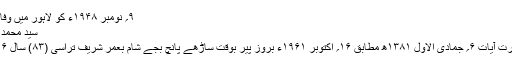
۹؍ نومبر ۱۹۴۸ء کو لاہور میں وفات پائی (قصور)]
سیّد محمد حسین علی پوری
آپ کی وفات حسرت آیات ۶؍ جمادی الاوّل ۱۳۸۱ھ مطابق ۱۶؍ اکتوبر ۱۹۶۱ء بروز پیر بوقت ساڑھے پانچ بجے شام بعمر شریف تراسی (۸۳) سال ۶ ماہ ۱۲ یوم ہوئی۔